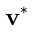
\mathbf { v } ^ { * }